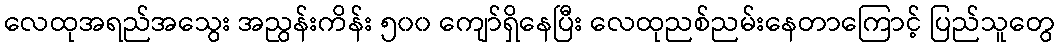
လေထုအရည်အသွေး အညွန်းကိန်း ၅၀၀ ကျော်ရှိနေပြီး လေထုညစ်ညမ်းနေတာကြောင့် ပြည်သူတွေ